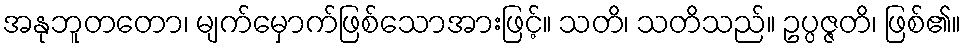
အနုဘူတတော၊ မျက်မှောက်ဖြစ်သောအားဖြင့်။ သတိ၊ သတိသည်။ ဥပ္ပဇ္ဇတိ၊ ဖြစ်၏။